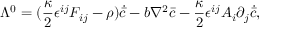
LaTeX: \Lambda ^ { 0 } = ( \frac { \kappa } { 2 } \epsilon ^ { i j } F _ { i j } - \rho ) \dot { { \bar { c } } } - b \nabla ^ { 2 } { \bar { c } } - \frac { \kappa } { 2 } \epsilon ^ { i j } A _ { i } \partial _ { j } \dot { { \bar { c } } } ,